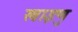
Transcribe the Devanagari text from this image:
खाइणु